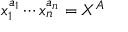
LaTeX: x _ { 1 } ^ { a _ { 1 } } \cdots x _ { n } ^ { a _ { n } } = X ^ { A }